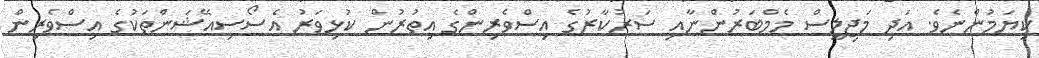
ކިޔަމުންނެވެ. އަދި މަޖިލީސް މެމްބަރުންނާއި ސަރުކާރުގެ އިސްވެރިންގެ އިތުރުން ކުޅިވަރު އެސޯސިއޭޝަންތަކުގެ އިސްވެރިން